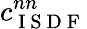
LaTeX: c_{\mathrm{~I~S~D~F~}}^{nn}